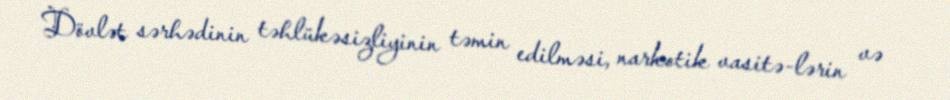
Dövlət sərhədinin təhlükəsizliyinin təmin edilməsi, narkotik vasitə­lərin və